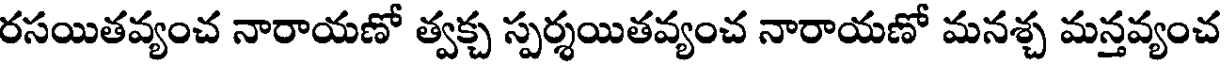
రసయితవ్యంచ నారాయణో త్వక్చ స్పర్శయితవ్యంచ నారాయణో మనశ్చ మన్తవ్యంచ